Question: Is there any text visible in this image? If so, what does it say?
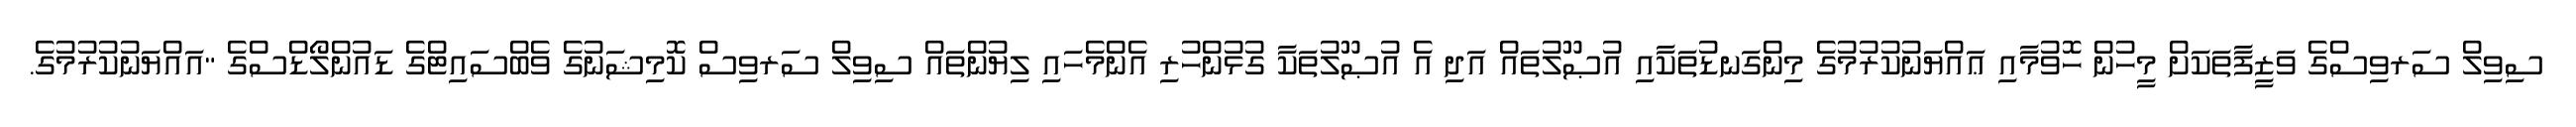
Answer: ސިވިލް ސަރވިސްގެ ވަޒީފާތަކަށް މީހުން ހޮވުމާއި ޢައްޔަނުކުރުމުގެ މިންގަނޑުތަކާއި އުޞޫލުތައް އަދި އެ އުޞޫލުތަކާ ގުޅުންހުރި އެންމެހައި ލިޔުންތައް ސިވިލް ސަރވިސް ކޮމިޝަނުގެ ވެބްސައިޓްގެ ޑައުންލޯޑްސްގެ "އައްޔަނުކުރުމުގެ.